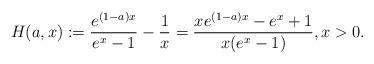
LaTeX: \begin{align*}H(a,x) := \frac{e^{(1-a)x}}{e^x-1} - \frac{1}{x} = \frac{xe^{(1-a)x} - e^x +1}{x(e^x-1)}, x>0.\end{align*}